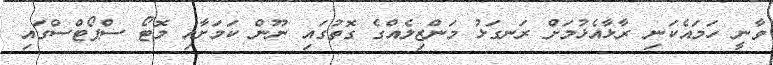
ވާނީ ހަމައެކަނި ރާޅާއެޅުމަށް ރަނގަޅު މަންޒިލެއްގެ ގޮތުގައި ނޫން ކަމަށާއި މޮޓޯ ސްޕޯޓްސްގައި